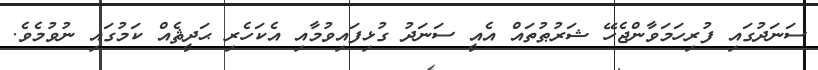
ސަނަދުގައި ފުރިހަމަވާންޖެހޭ ޝަރުޠުތައް އެއީ ސަނަދު ގުޅިފައިވުމާއި އެކަހެރި ޙަދީޘެއް ކަމުގައި ނުވުމެވެ.